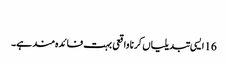
‏
16 ایسی تبدیلیاں کرنا واقعی بہت فائدہ‌مند ہے۔